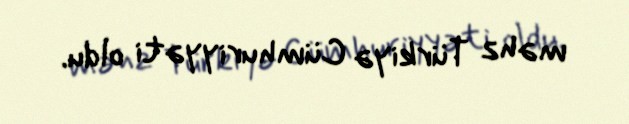
məhz Türkiyə Cümhuriyyəti oldu.